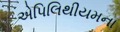
એપિલિથીયમના